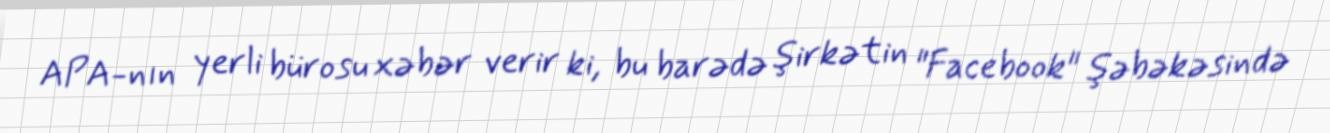
APA-nın yerli bürosu xəbər verir ki, bu barədə şirkətin "Facebook" şəbəkəsində